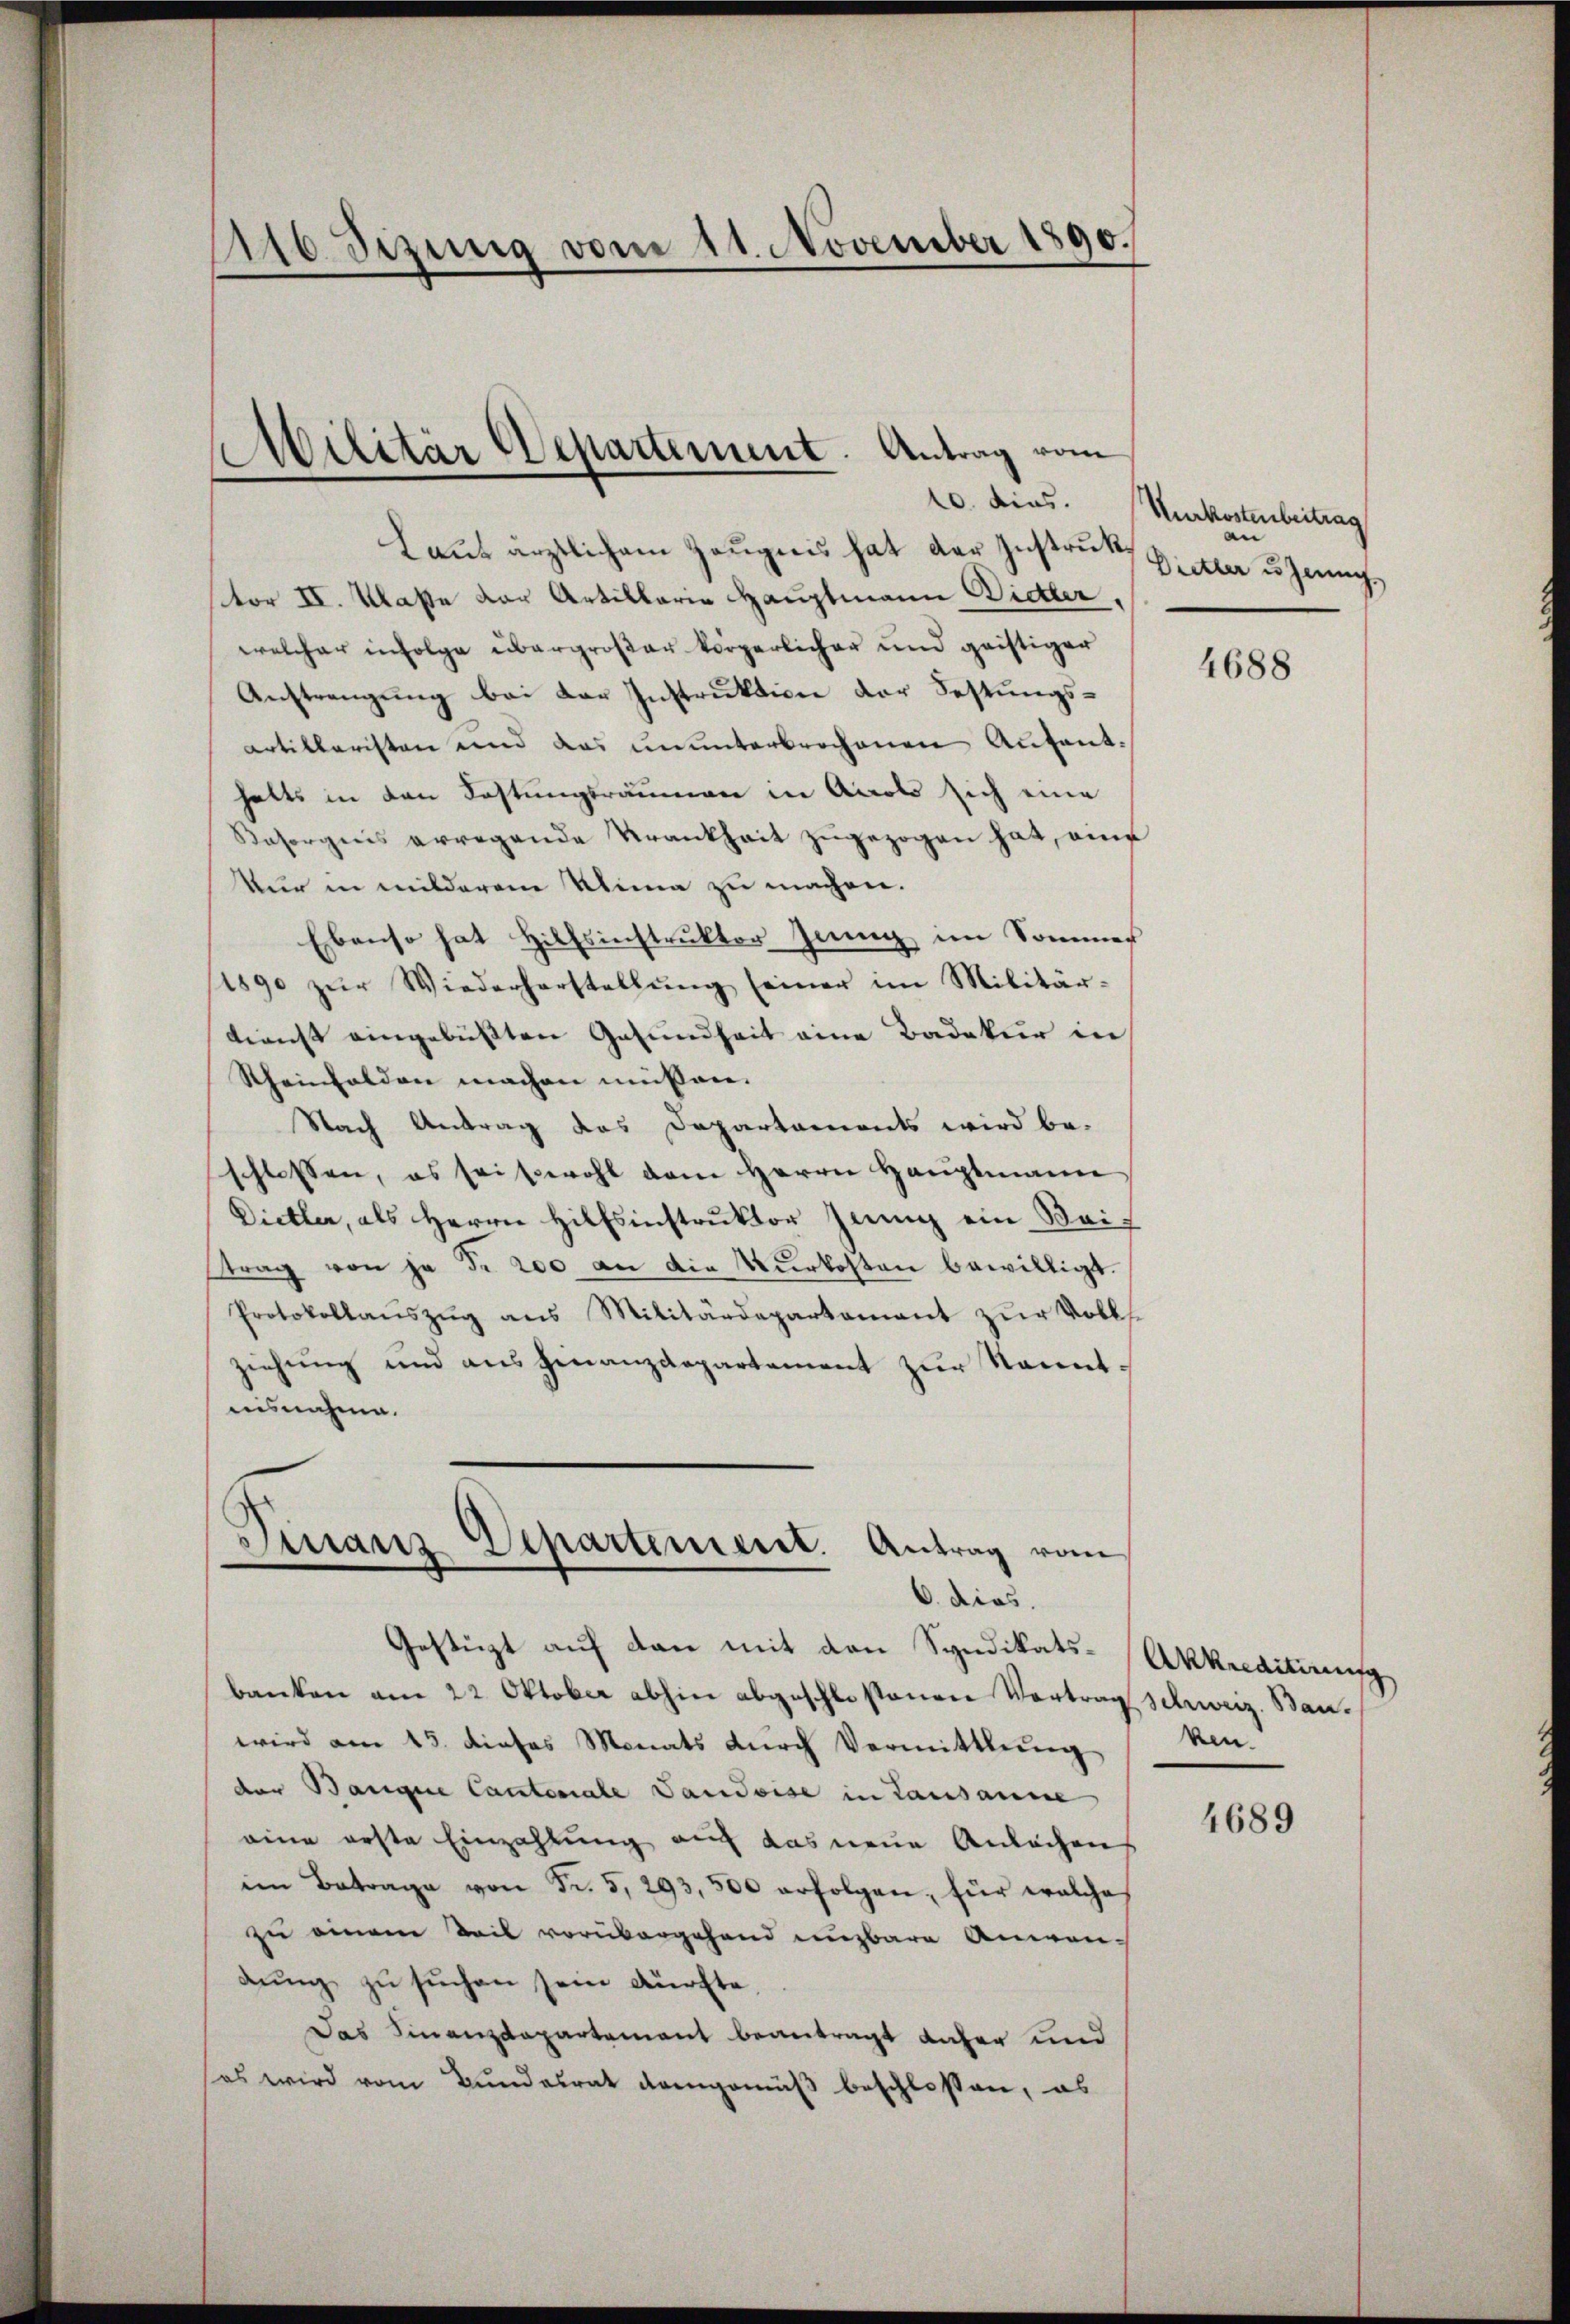
1116 Sezung vom 11. November 1890.

Militär Departement. Antrag vom
10. dies.

6. dies.
Gestüzt auf dan mit den Syndikats-Akkreditirung

banken am 22 Oktober abhin abgeschlossenen Vortrag schweiz. Bauwird am 13. dieses Monats durch Vermittlung ken-
der Banque Cantonale Vaudoise in Lausanne
eine erste Einzahlung auf das neue Anlachens
im Betrage von Fr. 5, 293,500 erfolgen, für welche
zu einem Teil vorübergehend nuzbare Anwendŭng zu suchen sein dürfte,
Das Finanzdepartement beantragt daher und
(es wird vom Bundesrat demgemäß beschlossen, es

Kurkostenbeitrag
e
Dietter u Jenng

Laut ärztlichem Zeugnis hat der Instrukvor II. Klasse der Artillaria Hauptmann Dietler,
welcher infolge übergroßer körperlicher und geistiger
Austrengung bei der Instruktion der Festungsartillaristen und das ununterbrochenen Aufenthalts in den Festungsräumen in Accols sich eine
Besorgens erregende Krankheit zugezogen hat, auf
Nur in milderen Klima zu machen.
Ebenso hat Hilfsinstruktor Jung im Sommer
1890 zŭr Wiederherstellŭng seiner im Militär-
dienst eingebüßten Gesundheit eine Badakur in
Rheinholden machen müssen.
Nach Antrag das Departaments wird be-
schlossen, es seitwohl dem Herrn Haŭptmann
Dietler, als Herrn Hilfsinstruktor Jenny ein Beitrag von ja Fr. 200 an die Vurkosten bewilligt.
Protokollaŭszŭg ans Militärdepartament zŭr Volls-
ziehung und aus Finanzdepartement zur Kenntuisnahme.
Finanz Departement. Antrag vom

4688

4689